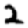
Digit: 2